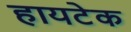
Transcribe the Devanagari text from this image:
हायटेक